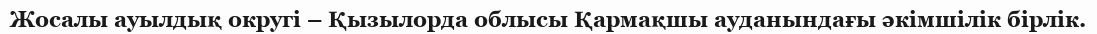
Жосалы ауылдық округі – Қызылорда облысы Қармақшы ауданындағы әкімшілік бірлік.